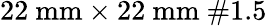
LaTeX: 22~\mathrm{mm}\times 22~\mathrm{mm}~\# 1.5